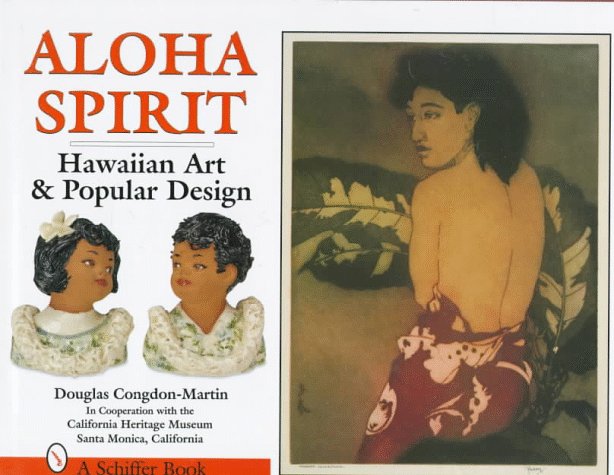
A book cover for Aloha Spirit: Hawaiian Art and Popular Design; Douglas Congdon-Martin; Humor & Entertainment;